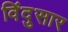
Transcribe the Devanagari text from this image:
विंदुसार